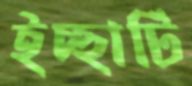
ইচ্ছাটি